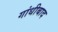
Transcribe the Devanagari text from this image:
गांधीबाद